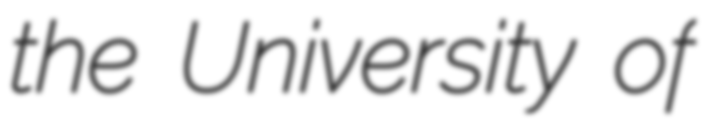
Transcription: the University of